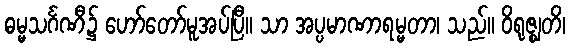
ဓမ္မသင်္ဂဏီ၌ ဟော်တော်မူအပ်ပြီ။ သာ အပ္ပမာဏာရမ္မတာ၊ သည်။ ဝိရုဇ္ဈတိ၊